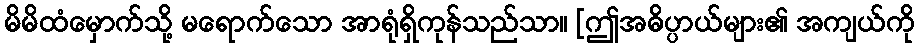
မိမိထံမှောက်သို့ မရောက်သော အာရုံရှိကုန်သည်သာ။ [ဤအဓိပ္ပာယ်များ၏ အကျယ်ကို